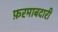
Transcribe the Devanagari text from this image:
फ़रमाबदारी